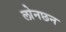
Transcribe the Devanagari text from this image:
लोनछन